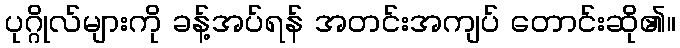
ပုဂ္ဂိုလ်များကို ခန့်အပ်ရန် အတင်းအကျပ် တောင်းဆို၏။